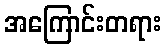
အကြောင်းတရား